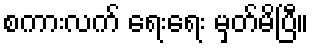
စကားလက် ရေးရေး မှတ်မိပြီ။